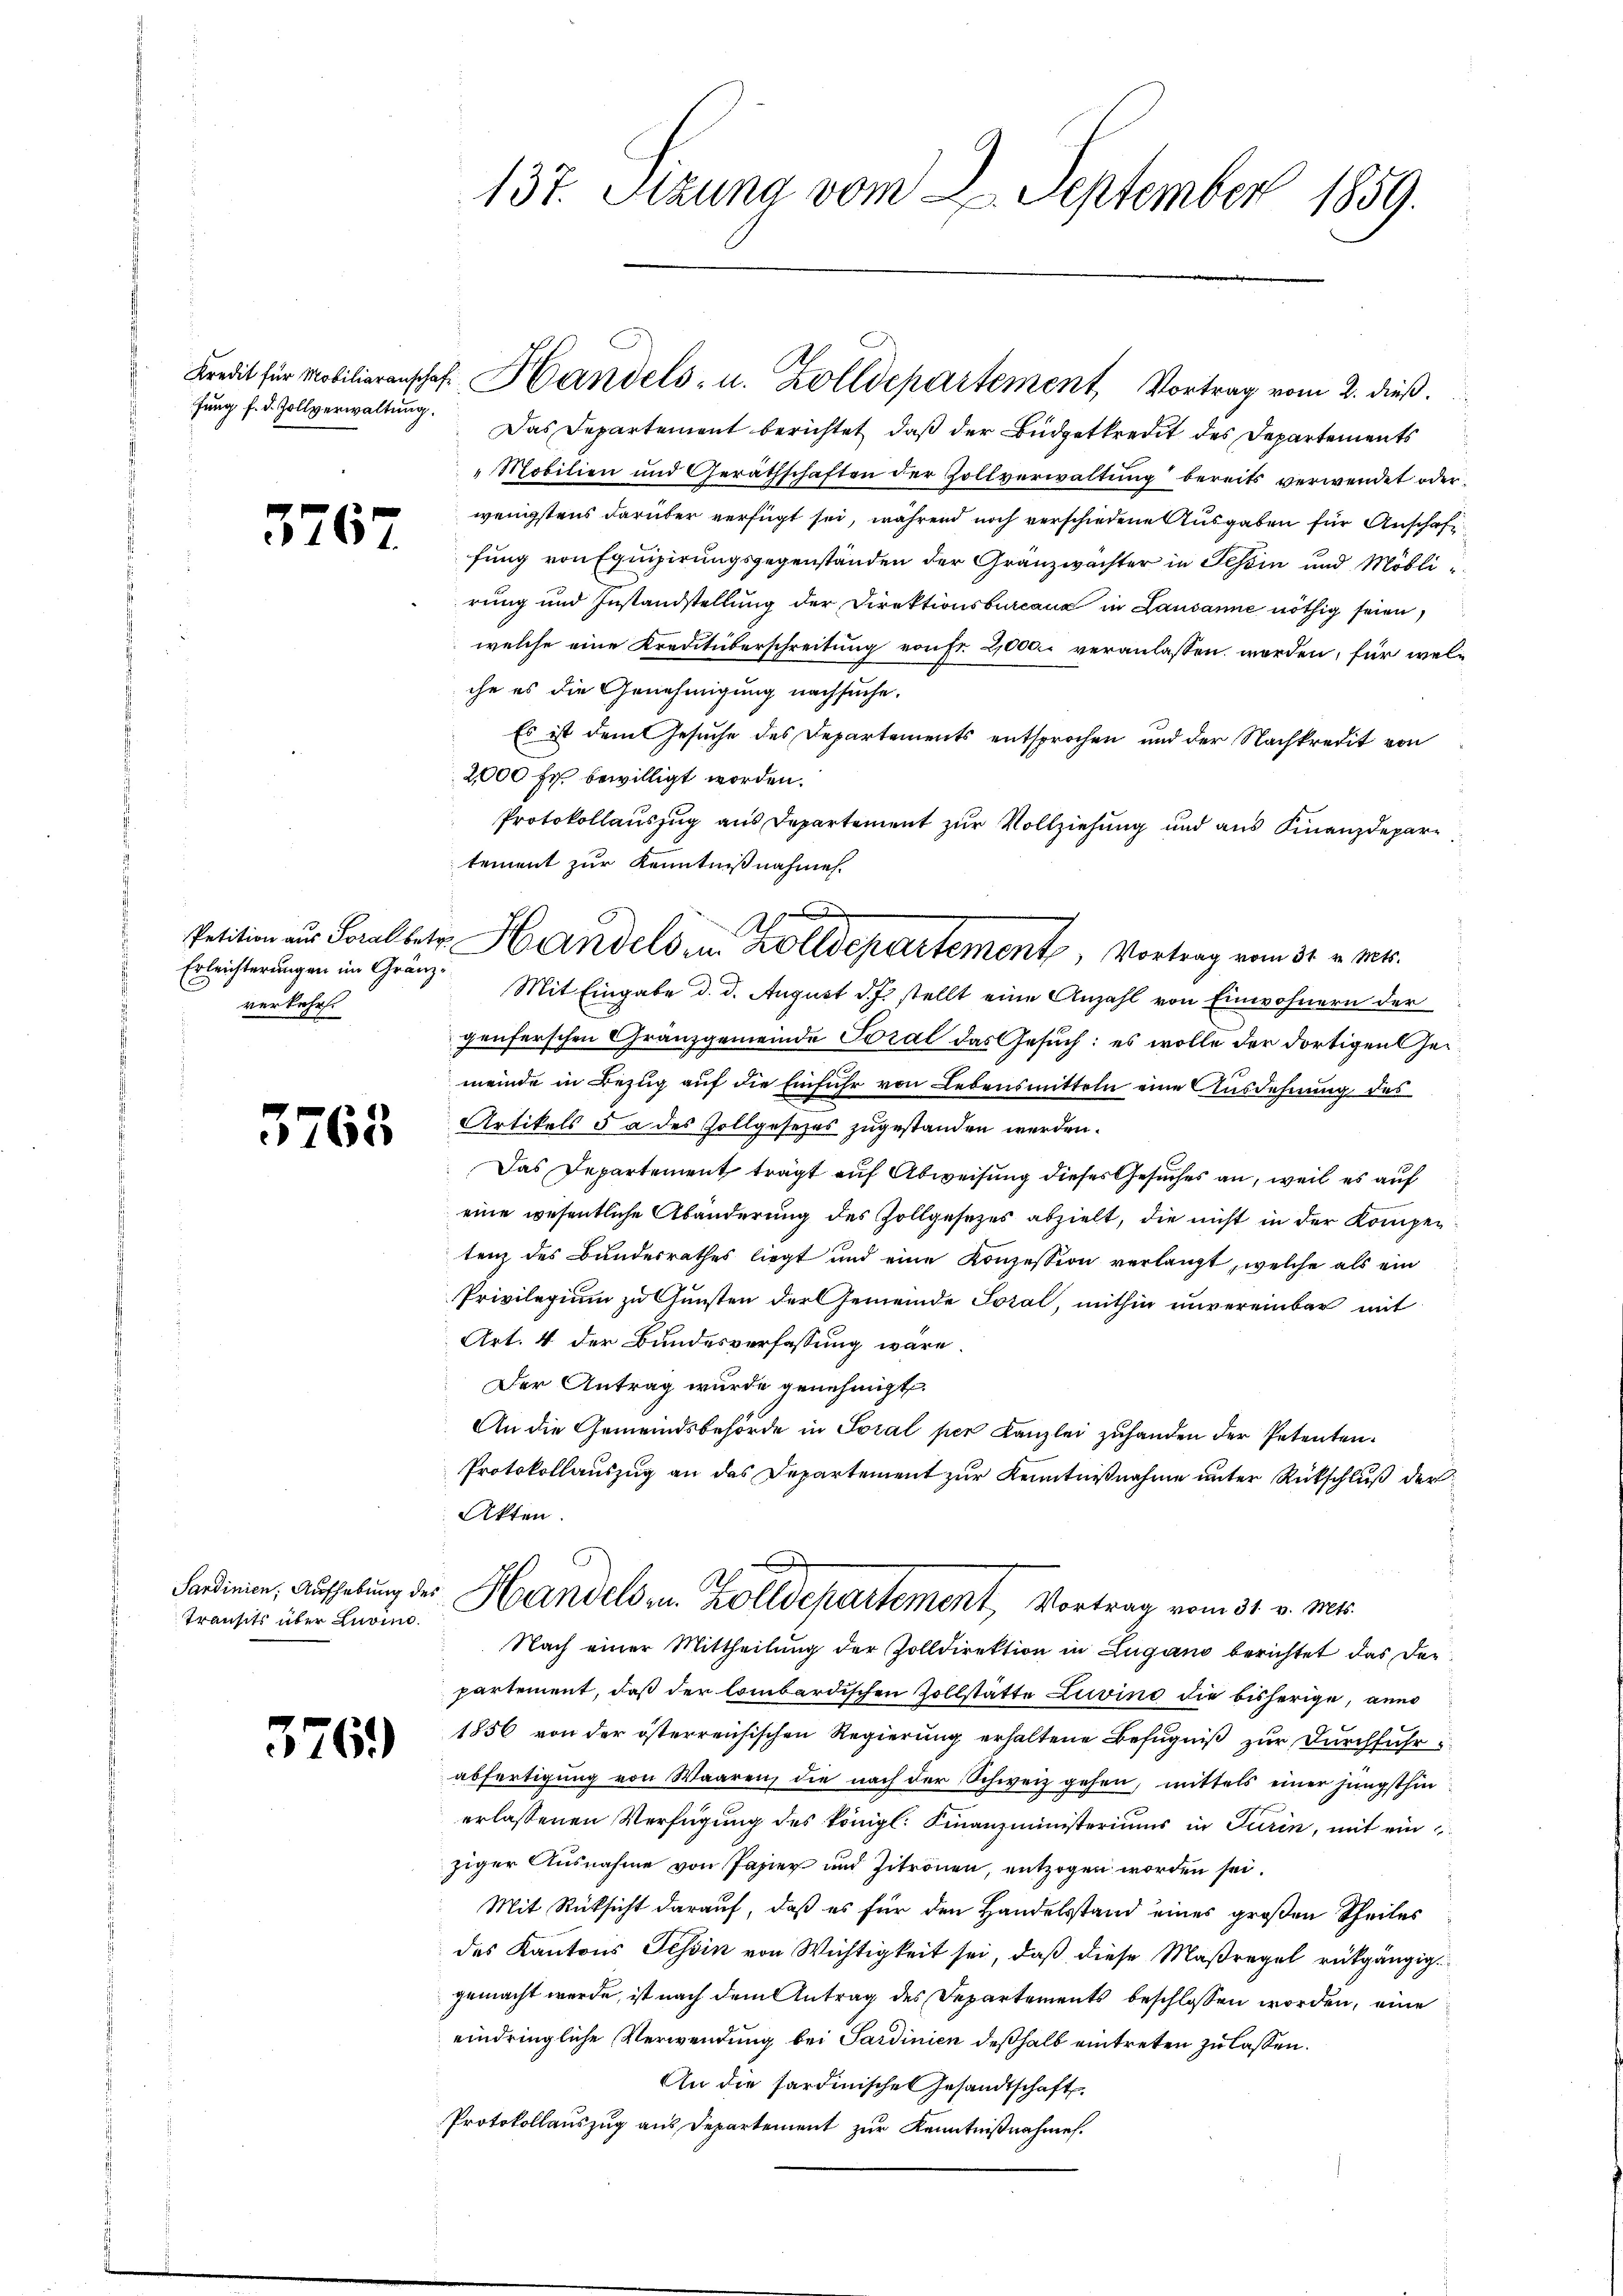
fung f. d. Zollverwaltung.

3767.

Erleichterungen im Gränzverkehr.

3763

Sardinien, Aufhebung des
Transits über Luino.

3761)

137. Sizung vom 2. September 1859.

Das Departement berichtet, daß der Budgetkredit des Departements
„Mobilien und Geräthschaften der Zollverwaltung bereits verwendet oder
wenigstens darüber verfügt sei, während noch verschiedene Ausgaben für Anschaft
fung von Equipirungsgegenständen der Gränzwächter in Tessin und Möblirung und Instandstellung der Direktionsbureaux in Lausanne nöthig seien,
welche eine Kreutüberschreitung von Fr. 2,000 veranlassen worden, für welche es die Genehmigung nachsuche.
Es ist dem Gesuche des Departements entsprochen und der Nachkredit von
2000 fr. bewilligt worden.
Protokollauszug aus Departement zur Vollziehung und aus Finanzdepar
tement zur Kenntnißnahmen.
Mit Eingabe d. d. August d. J. stellt eine Anzahl von Einwohnern der
genferschen Gränzgemeinde Toral das Gesuch: es wolle der dortigen Heimeinde in Bezug auf die Einfuhr von Lebensmitteln eine Ausdehnung des
Artikels da des Zollgesezes zugestanden werden.
Das Departement trägt auf Abweisung dieses Gesuches an, weil es auf
eine wesentliche Abänderung des Zollgesezes abzielt, die nicht in der Kompentenz des Bundesrathes liegt und eine Konzession verlangt, welche als ein
Privilegium zu Gunsten der Gemeinde Soral, mithin unvereinbar mit
Art. 4 der Bundesverfassung wäre.
Der Antrag wurde genehmigt.
An die Gemeindsbehörde in Soral per Kanzlei zuhanden der Petenten¬
Protokollauszug an das Departement zur Kenntnißnahme unter Rückschluß der
Akten.
Handels in Zolldepartement, Vortrag vom 31. v. Mts.
Nach einer Mittheilung der Zolldirektion in Lugano berichtet das der
partement, daß der lombardischen Zollstätte Liwind die bisherige, ann
1856 von der österreichischen Regierung erhaltene Befugniß zur Durchführ
abfertigung von Waaren, die nach der Schweiz gehen, mittels einer jüngsthin
erlassenen Verfügung des königl. Finanzministeriums in Turin, mit ein
ziger Ausnahme von Papier und Zitronen, entzogen worden sei.
Mit Rücksicht darauf, daß es für den Handelsstand eines großen Theiles
des Kantons Tessin von Wichtigkeit sei, daß diese Maßregel rückgängig.
gemacht werde, ist nach dem Antrag des Departements beschlossen worden, eine
eindringliche Verwendung bei Sardinien deßhalb eintreten zu lassen.
An die Sardinischen Gesandtschaft
Protokollauszug aus Departement zur Kenntnißnahme.

Kredit für Mobiliarenschaft Handels- u. Zolldepartement Vortrag vom 2. dieß.

Al
Petition aus Soralbetr. Handels in Zolldepartement, Vortrag vom 31. v. Mts.